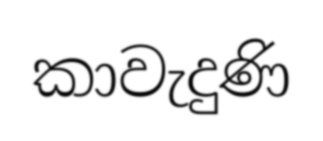
කාවැදුණි